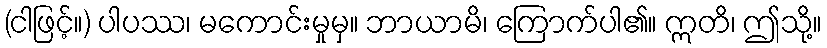
(ငါဖြင့်။) ပါပဿ၊ မကောင်းမှုမှ။ ဘာယာမိ၊ ကြောက်ပါ၏။ ဣတိ၊ ဤသို့။